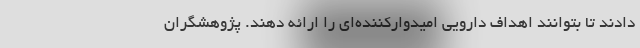
دادند تا بتوانند اهداف دارویی امیدوارکننده‌ای را ارائه دهند. پژوهشگران